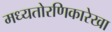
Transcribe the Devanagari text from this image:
मध्यतोरणिकारेखा